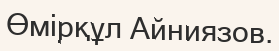
Өмірқұл Айниязов.